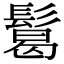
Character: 𩮂